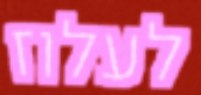
לעלוז